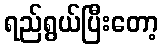
ရည်ရွယ်ပြီးတော့